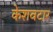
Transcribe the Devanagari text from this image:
केशवटार